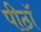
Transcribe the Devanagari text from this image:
पीठॉ